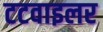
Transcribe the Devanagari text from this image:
टटवाइलर